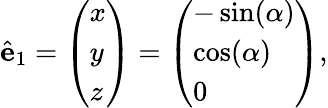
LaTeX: \hat{\mathbf{e}}_{1}=\left(\begin{array}{l}{x}\\ {y}\\ {z}\end{array}\right)=\left(\begin{array}{l}{-\sin(\alpha)}\\ {\cos(\alpha)}\\ {0}\end{array}\right),